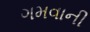
ગમવાની